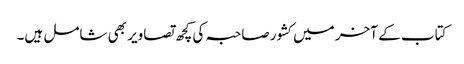
کتاب کے آخر میں کشور صاحبہ کی کچھ تصاویر بھی شامل ہیں۔